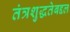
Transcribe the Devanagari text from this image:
तंत्रशुद्धतेबद्दल